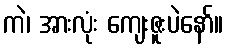
ကဲ၊ အားလုံး ကျေးဇူးပဲနော်။